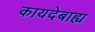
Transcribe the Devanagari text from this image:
कायदेबाह्य